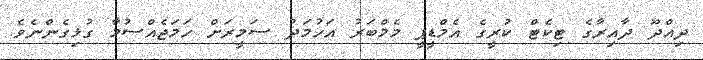
ދިއްދޫ ދާއިރާގެ ޓިކެޓް ކުރީގެ އެމްޑީޕީ މެމްބަރު އަހުމަދު ސަމީރަށް ހަމަޖެއްސުމާ ގުޅިގެންނެވެ.